Dysentery in Hazaribagh Central Jail - Number 52
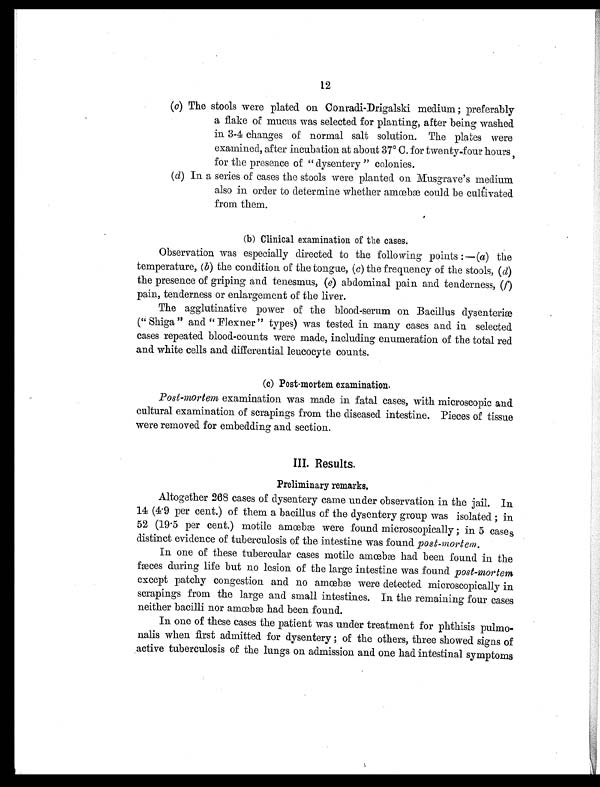
12
(c) The stools were plated on Conradi-Drigalski medium; preferably
a flake of mucus was selected for planting, after being washed
in 3-4 changes of normal salt solution. The plates were
examined, after incubation at about 37° C. for twenty-four hours
for the presence of "dysentery" colonies.
(d)
In a series of cases the stools were planted on Musgrave's medium
also in order to determine whether amœbæ could be cultivated
from them.
(b) Clinical examination of the cases.
Observation was especially directed to the following points :—(a) the
temperature, (b) the condition of the tongue, (c) the frequency of the stools, (d)
the presence of griping and tenesmus, (e) abdominal pain and tenderness, (f)
pain, tenderness or enlargement of the liver.
The agglutinative power of the blood-serum on Bacillus dysenterim
(" Shiga " and " Flexner " types) was tested in many cases and in. selected
cases repeated blood-counts were made, including enumeration of. the total red
and white cells and differential leucocyte counts.
(c) Post-mortem examination.
Post-mortem examination was made in fatal cases, with microscopic and
cultural examination of scrapings from the diseased intestine. Pieces of tissue
were removed for embedding and section.
Preliminary remarks.
Altogether 268 cases of dysentery came under observation in the jail. In
14 (4.9 per cent.) of them a bacillus of the dysentery group was isolated; in
52 (19.5 per cent.) motile amœbæ were found microscopically; in 5 cases
distinct evidence of tuberculosis of the intestine was found post-mortem.
In one of these tubercular cases motile amœbæ had been found in the
fæces during life but no lesion of the large intestine was found post-mortem
except patchy congestion and no amœbæ were detected microscopically in
scrapings from the large and small intestines. In the remaining four cases
neither bacilli nor amœbæ had been found.
In one of these cases the patient was under treatment for phthisis
pulmonalis when first admitted for dysentery; of the others, three showed signs of
active tuberculosis of the lungs on admission and one had intestinal symptoms